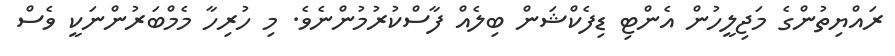
ރައްޔިތުންގެ މަޖިލީހުން އެންޓި ޑިފެކްޝަން ބިލެއް ފާސްކުރުމުންނެވެ. މި ހުރިހާ މެމްބަރުންނަކީ ވެސް